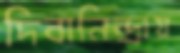
দিবানিন্দ্রায়